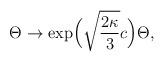
LaTeX: \begin{align*}\Theta\to\exp\!\Big(\sqrt{\frac{2\kappa}{3}}c\Big)\Theta,\end{align*}